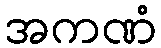
အကဏံ